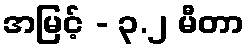
အမြင့် - ၃.၂ မီတာ